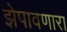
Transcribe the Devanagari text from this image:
झेपावणारा